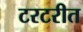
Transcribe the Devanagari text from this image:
टरटरीत